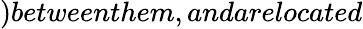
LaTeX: )betweenthem,andarelocated